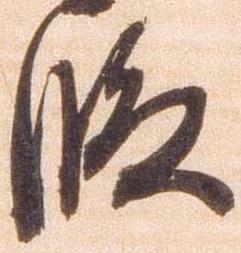
段